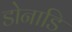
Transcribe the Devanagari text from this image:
डोनाडि